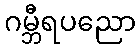
ဂမ္ဘီရပညော